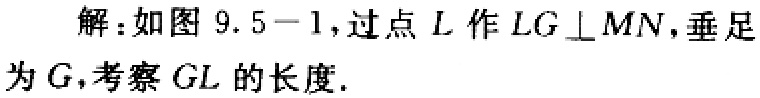
解：如图9.5-1，过点\(L\)作\(LG\perp MN\)，垂足为\(G\)，考察\(GL\)的长度.